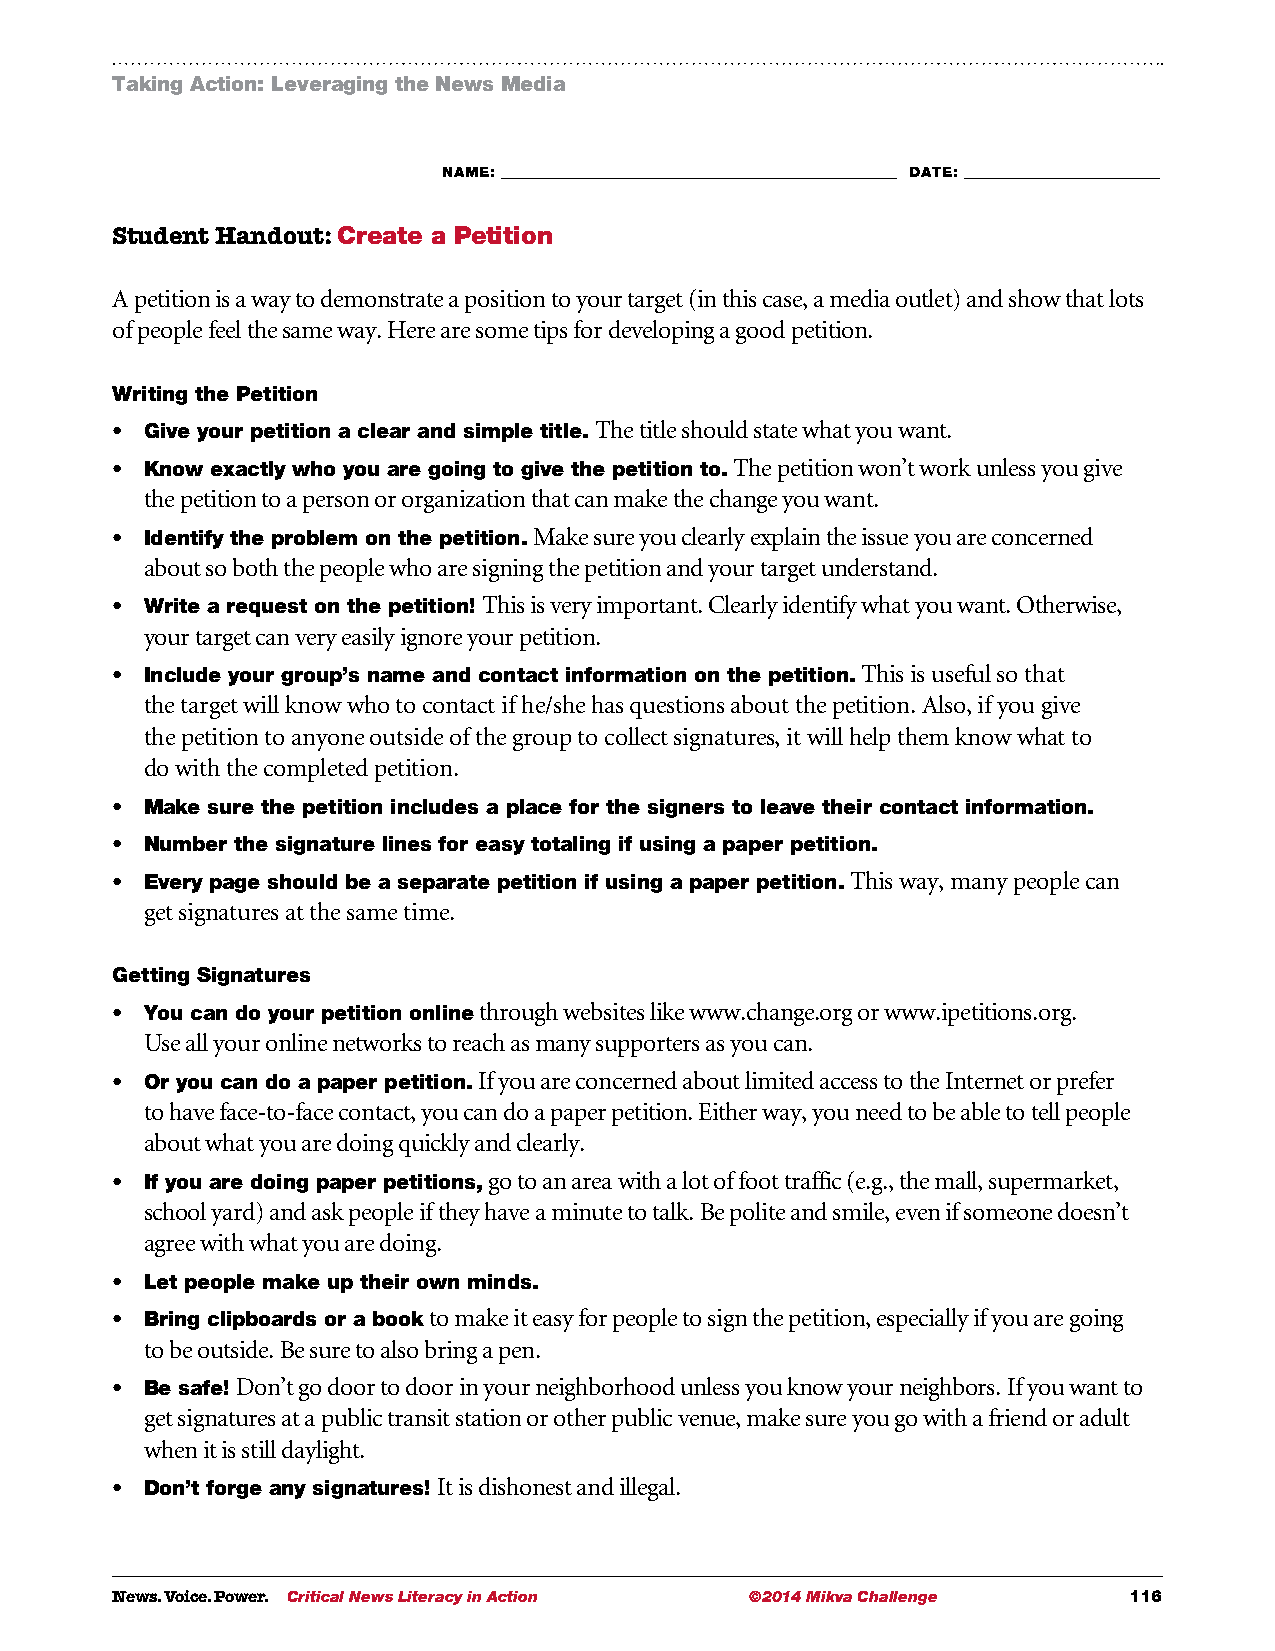
Taking Action: Leveraging the News Media
 NAME: ___________________________________________________________ DATE: _____________________________
 Student Handout: Create a Petition
 A petition is a way to demonstrate a position to your target (in this case, a media outlet) and show that lots
 of people feel the same way. Here are some tips for developing a good petition.
 Writing the Petition
 •  G ive your petition a clear and simple title. The title should state what you want.
 •  K now exactly who you are going to give the petition to. The petition won’t work unless you give
 the petition to a person or organization that can make the change you want.
 •  I dentify the problem on the petition. Make sure you clearly explain the issue you are concerned
 about so both the people who are signing the petition and your target understand.
 •  W rite a request on the petition! This is very important. Clearly identify what you want. Otherwise,
 your target can very easily ignore your petition.
 •  I nclude your group’s name and contact information on the petition. This is useful so that
 the target will know who to contact if he/she has questions about the petition. Also, if you give
 the petition to anyone outside of the group to collect signatures, it will help them know what to
 do with the completed petition.
 •  M ake sure the petition includes a place for the signers to leave their contact information.
 •  N umber the signature lines for easy totaling if using a paper petition.
 •  E very page should be a separate petition if using a paper petition. This way, many people can
 get signatures at the same time.
 Getting Signatures
 •  Y ou can do your petition online through websites like www.change.org or www.ipetitions.org.
 Use all your online networks to reach as many supporters as you can.
 •  O r you can do a paper petition. If you are concerned about limited access to the Internet or prefer
 to have face-to-face contact, you can do a paper petition. Either way, you need to be able to tell people
 about what you are doing quickly and clearly.
 •  I f you are doing paper petitions, go to an area with a lot of foot traffic (e.g., the mall, supermarket,
 school yard) and ask people if they have a minute to talk. Be polite and smile, even if someone doesn’t
 agree with what you are doing.
 •  L et people make up their own minds.
 •  B ring clipboards or a book to make it easy for people to sign the petition, especially if you are going
 to be outside. Be sure to also bring a pen.
 •  Be safe! Don’t go door to door in your neighborhood unless you know your neighbors. If you want to
 get signatures at a public transit station or other public venue, make sure you go with a friend or adult
 when it is still daylight.
 •  D on’t forge any signatures! It is dishonest and illegal.
 News. Voice. Power. Critical News Literacy in Action ©2014 Mikva Challenge 116